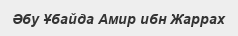
Әбу Ұбайда Амир ибн Жаррах